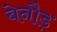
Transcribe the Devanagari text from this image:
बेनौड़